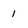
Character: 1